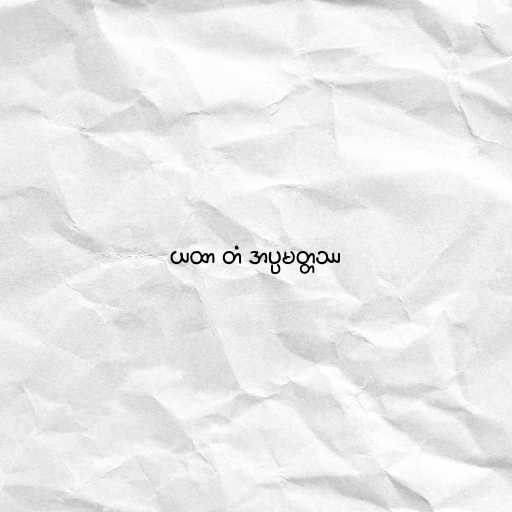
ယထာ တံ အပ္ပမတ္တဿ